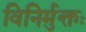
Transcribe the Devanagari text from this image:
विनिर्मुक्तः